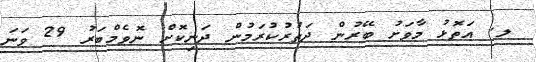
ލ. އަތޮޅު މާވަށު ބޭރުން ދަތުރުކުރަމުން ދަނިކޮށް ނޮވެމްބަރު 29 ވަނަ